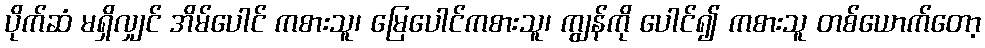
ပိုက်ဆံ မရှိလျှင် အိမ်ပေါင် ကစားသူ၊ မြေပေါင်ကစားသူ၊ ကျွန်ကို ပေါင်၍ ကစားသူ တစ်ယောက်တော့